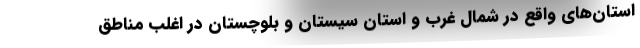
استان‌های واقع در شمال غرب و استان سیستان و بلوچستان در اغلب مناطق